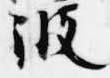
波